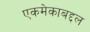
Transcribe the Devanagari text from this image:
एकमेकाबद्दल